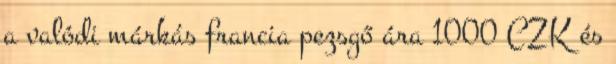
a valódi márkás francia pezsgő ára 1000 CZK és